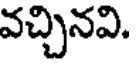
వచ్చినవి.